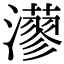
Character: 𤁸